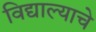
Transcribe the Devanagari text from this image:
विद्याल्याचे